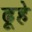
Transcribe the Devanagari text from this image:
ढूहे